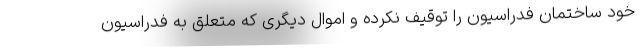
خود ساختمان فدراسیون را توقیف نکرده و اموال دیگری که متعلق به فدراسیون